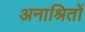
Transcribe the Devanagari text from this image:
अनाश्रितों